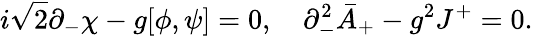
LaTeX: i\sqrt{2}\partial_{-}\chi-g[\phi,\psi]=0,\quad\partial_{-}^{2}\bar{A}_{+}-g^{2}J^{+}=0.